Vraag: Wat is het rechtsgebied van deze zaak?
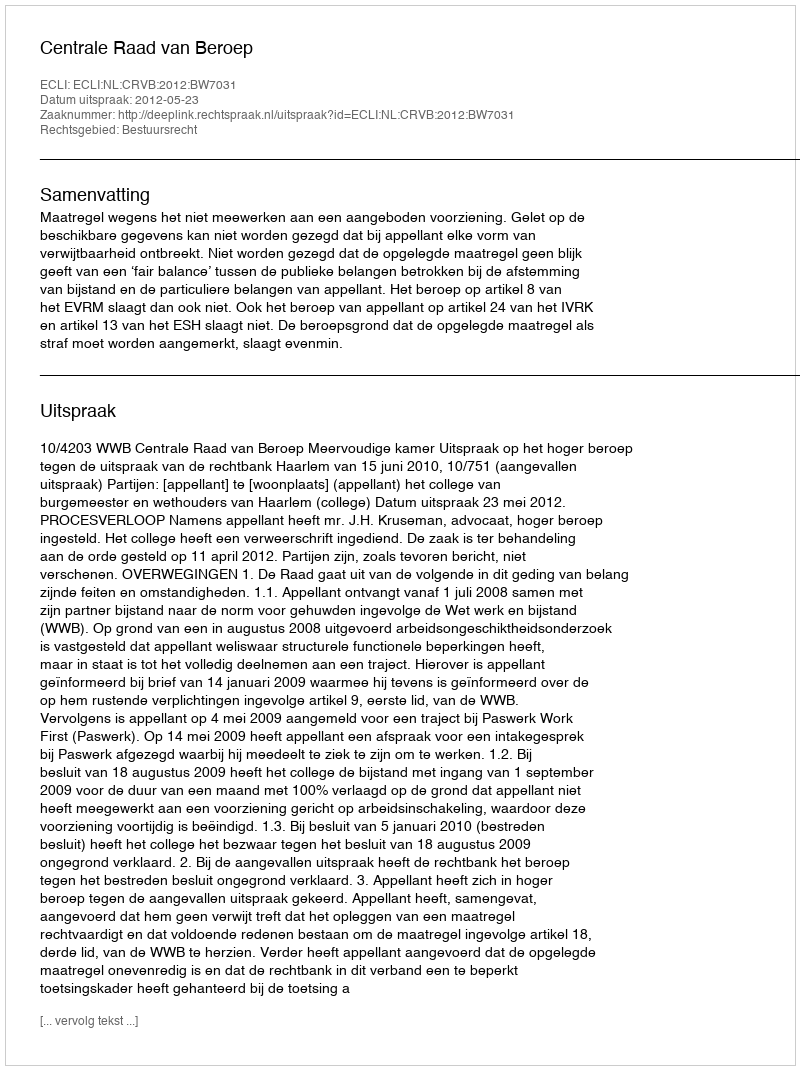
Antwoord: Bestuursrecht